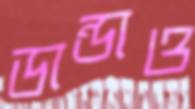
ডান্ডাও